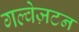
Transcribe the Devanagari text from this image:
गल्वेज़टन